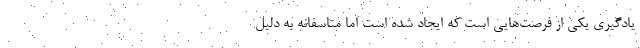
یادگیری یکی از فرصت‌هایی است که ایجاد شده است اما متاسفانه به دلیل